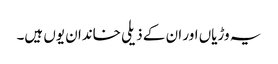
یہ وڑیاں اور ان کے ذیلی خاندان یوں ہیں۔